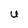
Character: U